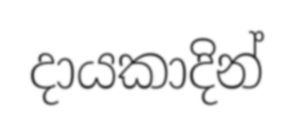
දායකාදින්